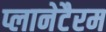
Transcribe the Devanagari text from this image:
प्लानेटैरम